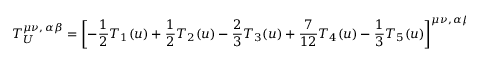
T _ { U } ^ { \mu \nu , \, \alpha \beta } = \left[ - \frac 1 2 T _ { 1 } ( u ) + \frac 1 2 T _ { 2 } ( u ) - \frac 2 3 T _ { 3 } ( u ) + \frac 7 { 1 2 } T _ { 4 } ( u ) - \frac 1 3 T _ { 5 } ( u ) \right] ^ { \mu \nu , \, \alpha \beta }